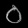
Digit: ၀